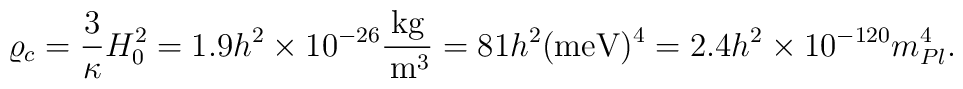
\varrho_c=\frac{3}{\kappa}H_0^2=1.9h^2\times 10^{-26}\frac{\mbox{kg}}{\,\mbox{m}^3}=81h^2(\mbox{meV})^4=2.4h^2\times 10^{-120}m_{Pl}^4.